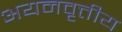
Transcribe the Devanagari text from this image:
अयनवृत्तीय